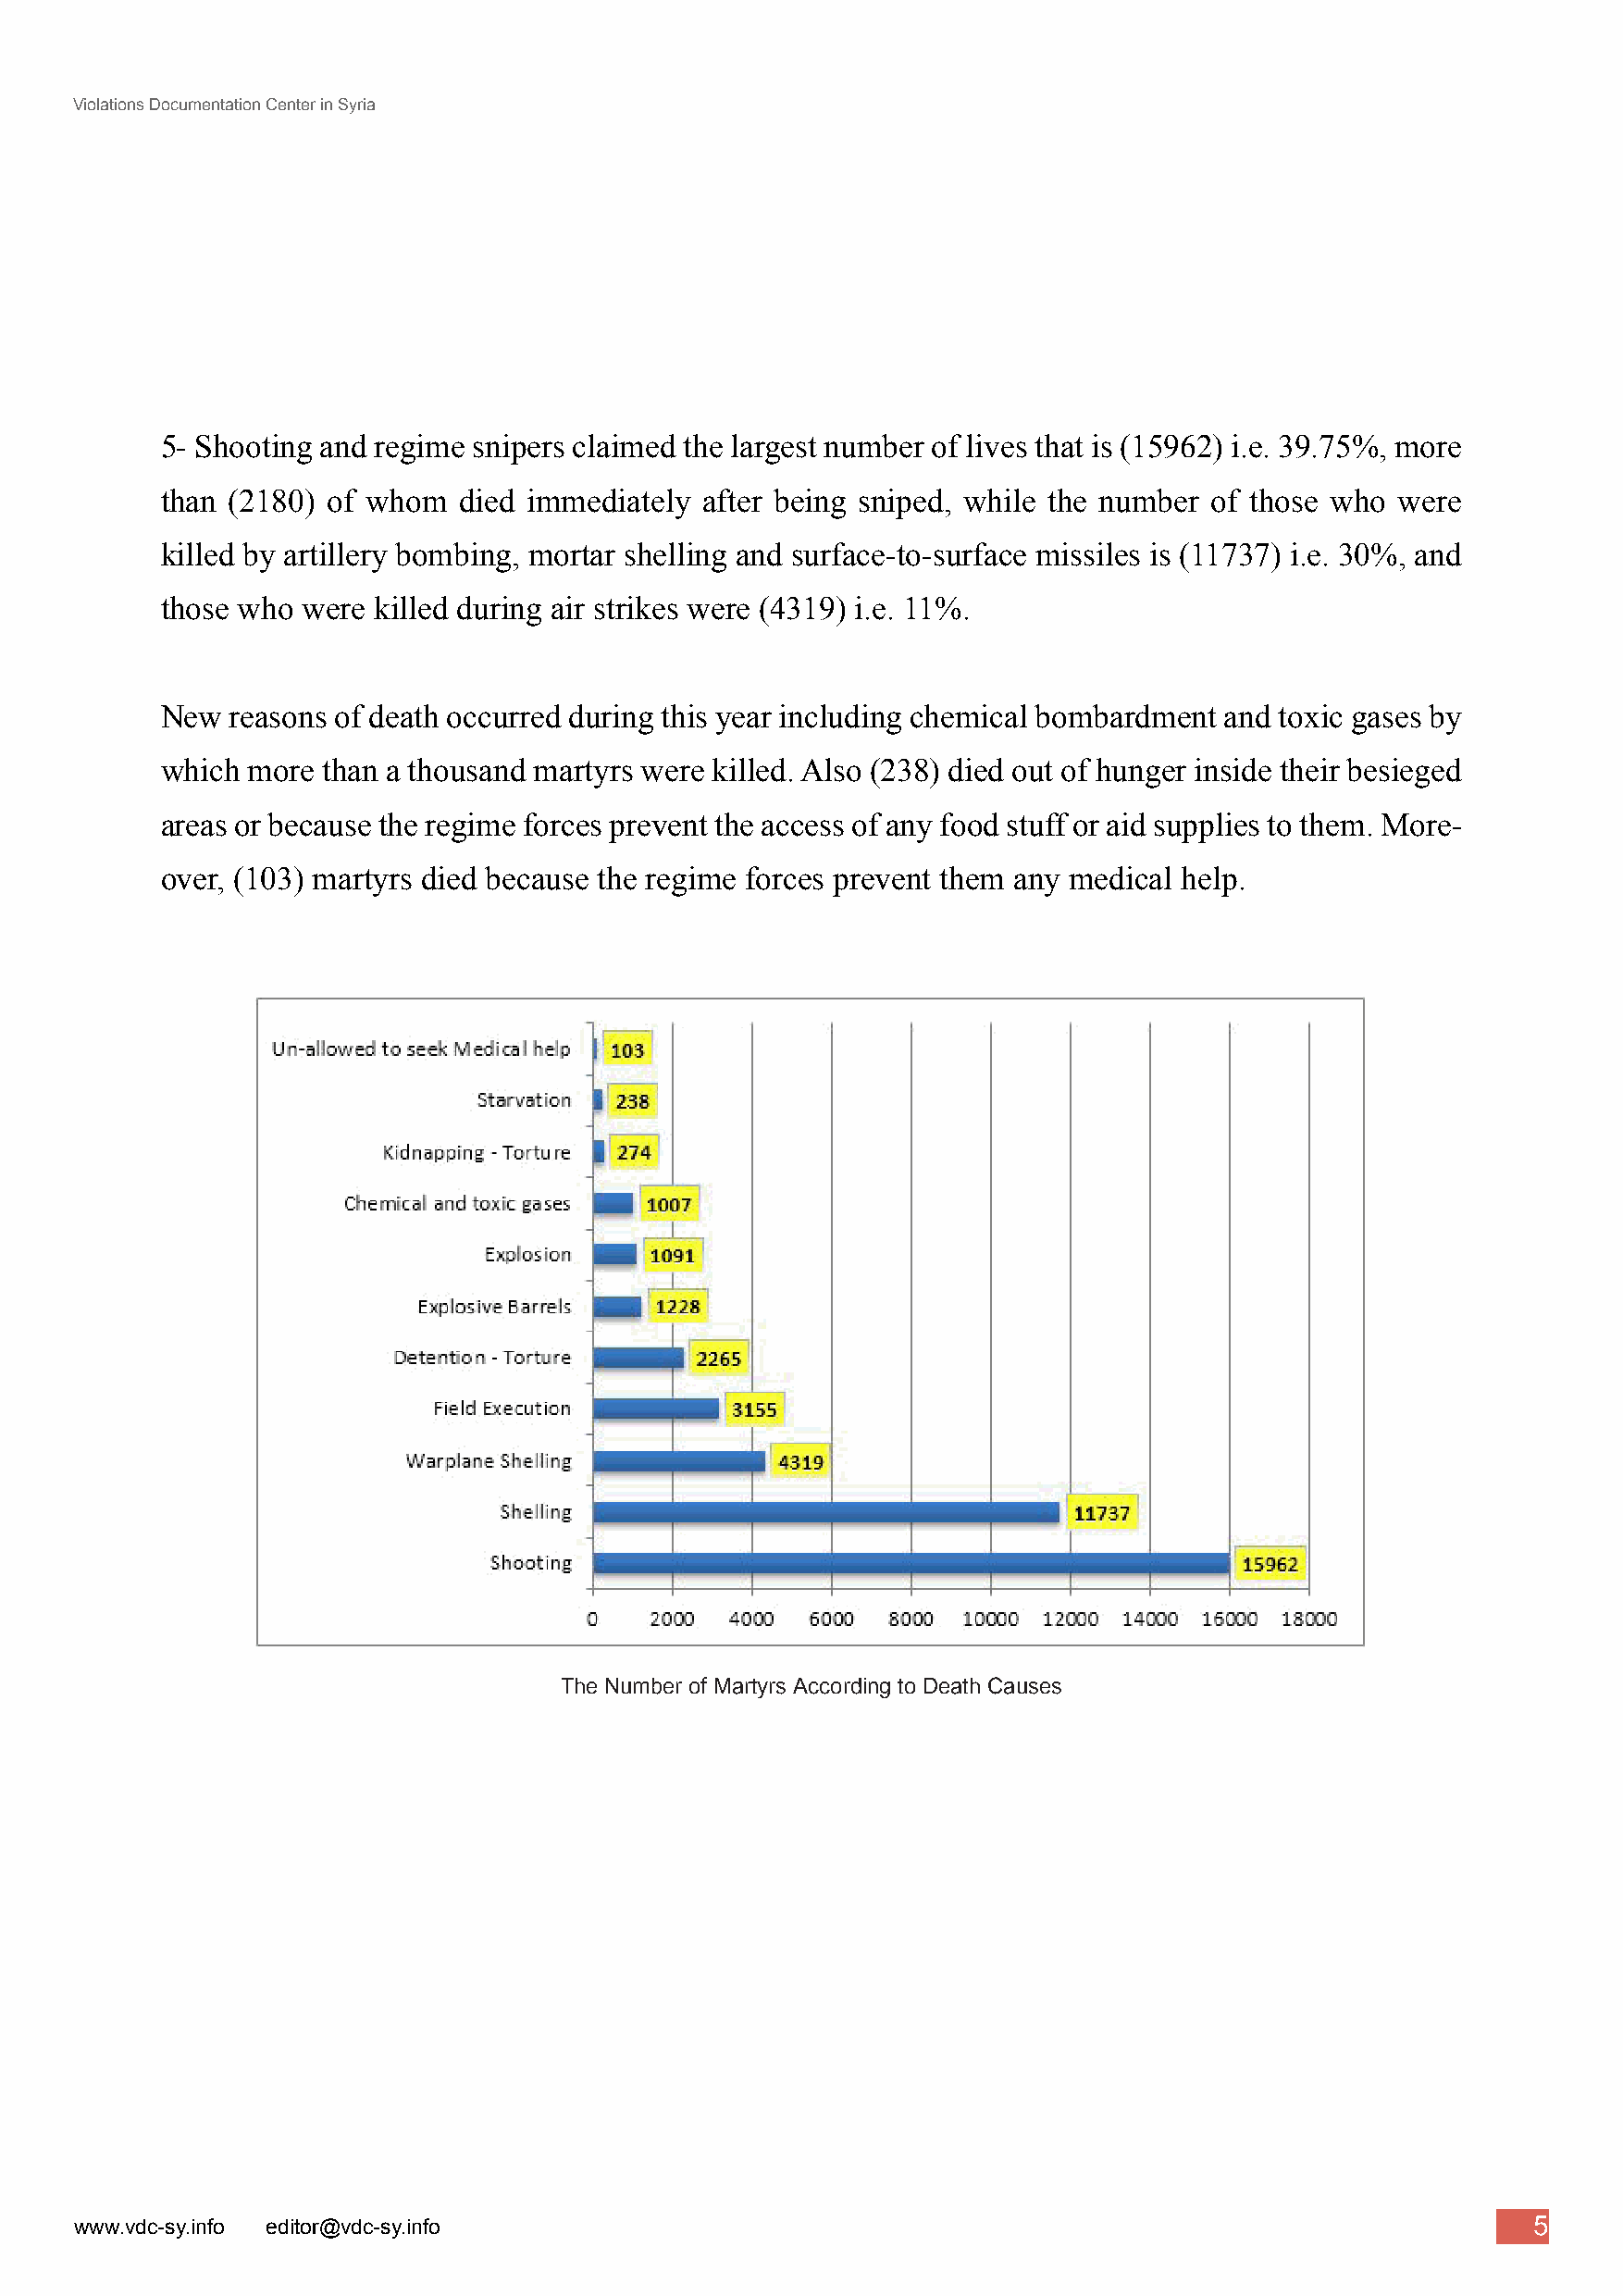
Violations Documentation Center in Syria
 5- Shooting and regime snipers claimed the largest number of lives that is (15962) i.e. 39.75%, more
 than (2180) of whom   died immediately after being sniped, while the number of those who were
 killed by artillery bombing, mortar shelling and surface-to-surface missiles is (11737) i.e. 30%, and
 those who  were killed during air strikes were (4319) i.e. 11%.
 New  reasons of death occurred during this year including chemical bombardment and toxic gases by
 which  more than a thousand martyrs were killed. Also (238) died out of hunger inside their besieged
 areas or because the regime forces prevent the access of any food stuff or aid supplies to them. More-
 over, (103) martyrs died because the regime forces prevent them any medical help.
 The Number of Martyrs According to Death Causes
 5
 www.vdc-sy.info editor@vdc-sy.info